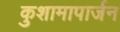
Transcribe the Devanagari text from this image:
कुशामापार्जन